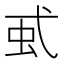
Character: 𧈱